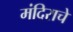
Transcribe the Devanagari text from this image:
मंदिराचे